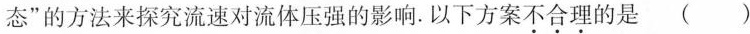
态”的方法来探究流速对流体压强的影响.以下方案不合理的是（）